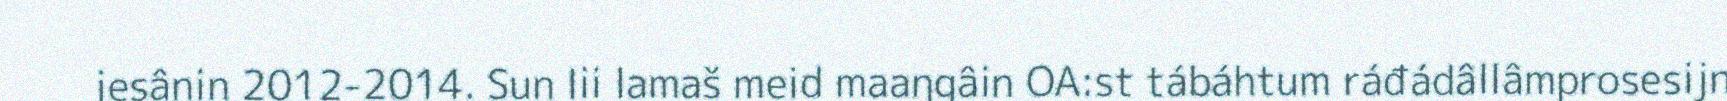
jesânin 2012-2014. Sun lii lamaš meid maaŋgâin OA:st tábáhtum ráđádâllâmprosesijn